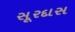
સૂરદાસ